Bréfritari: Jakobína Jónsdóttir
Viðtakandi: Sólveig Jónsdóttir
Dagsetning: A-1875-03-22
Skrifað á: Bessastöðum  Gull.
systir bréfviðtakanda

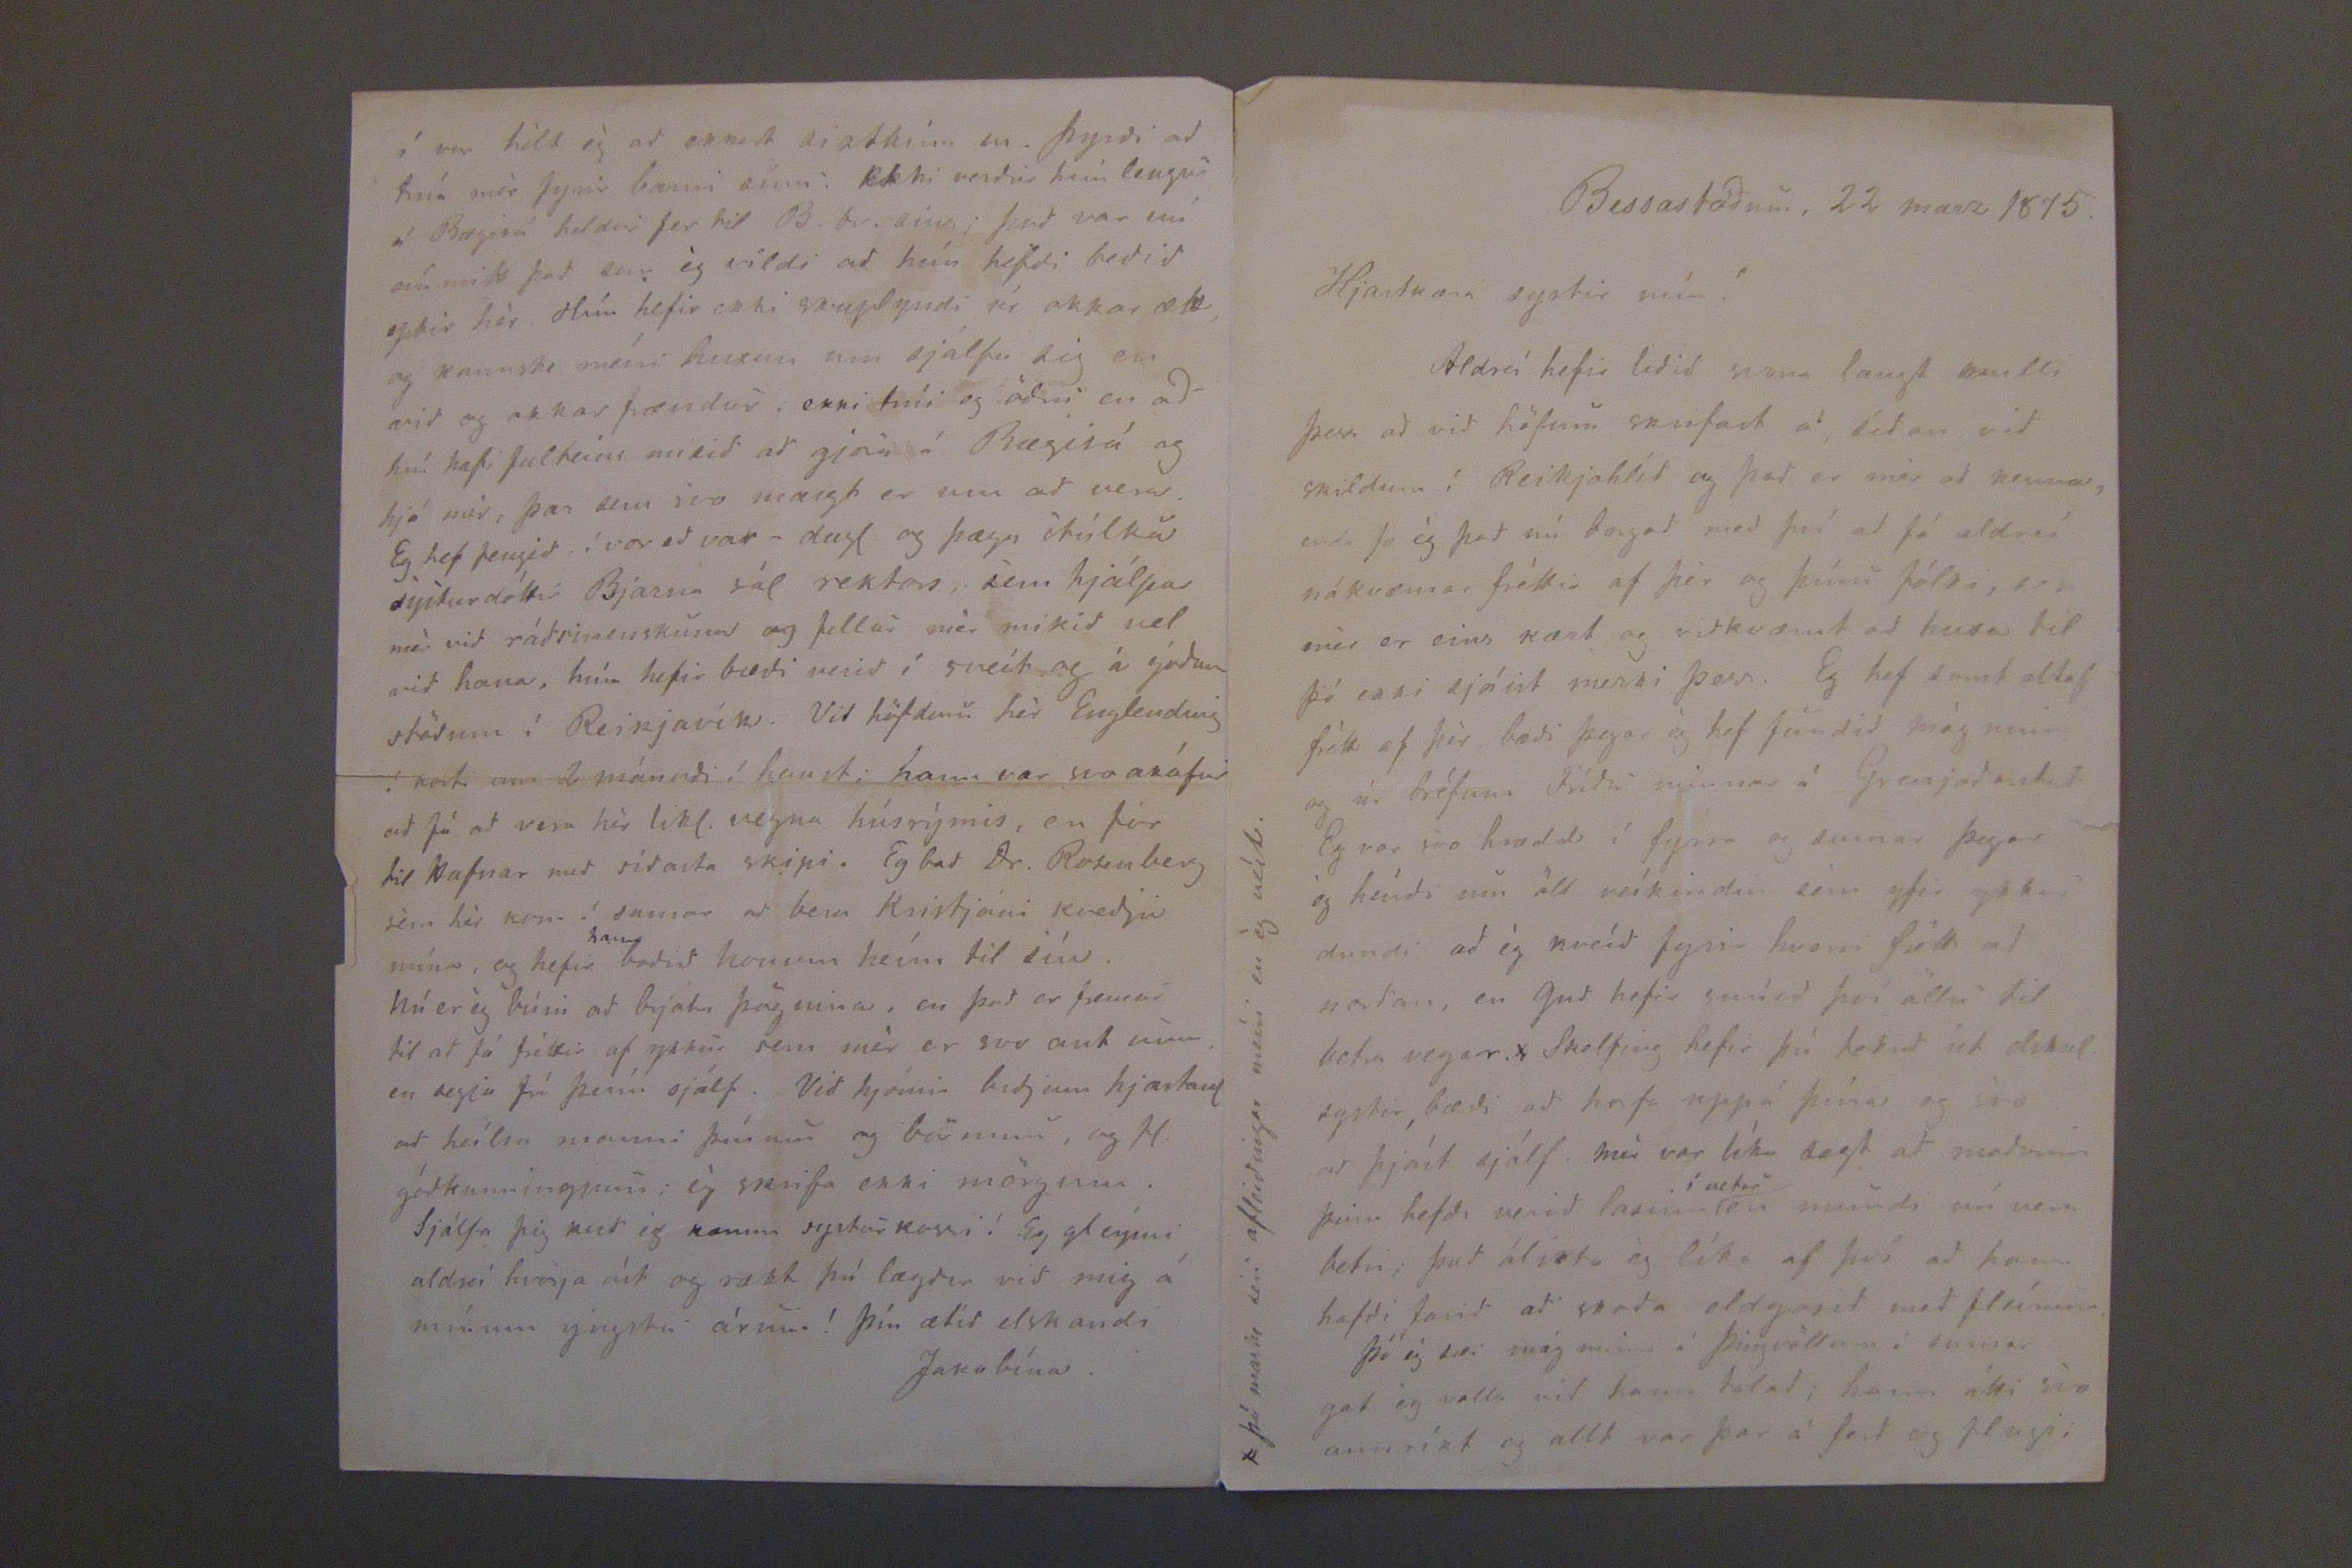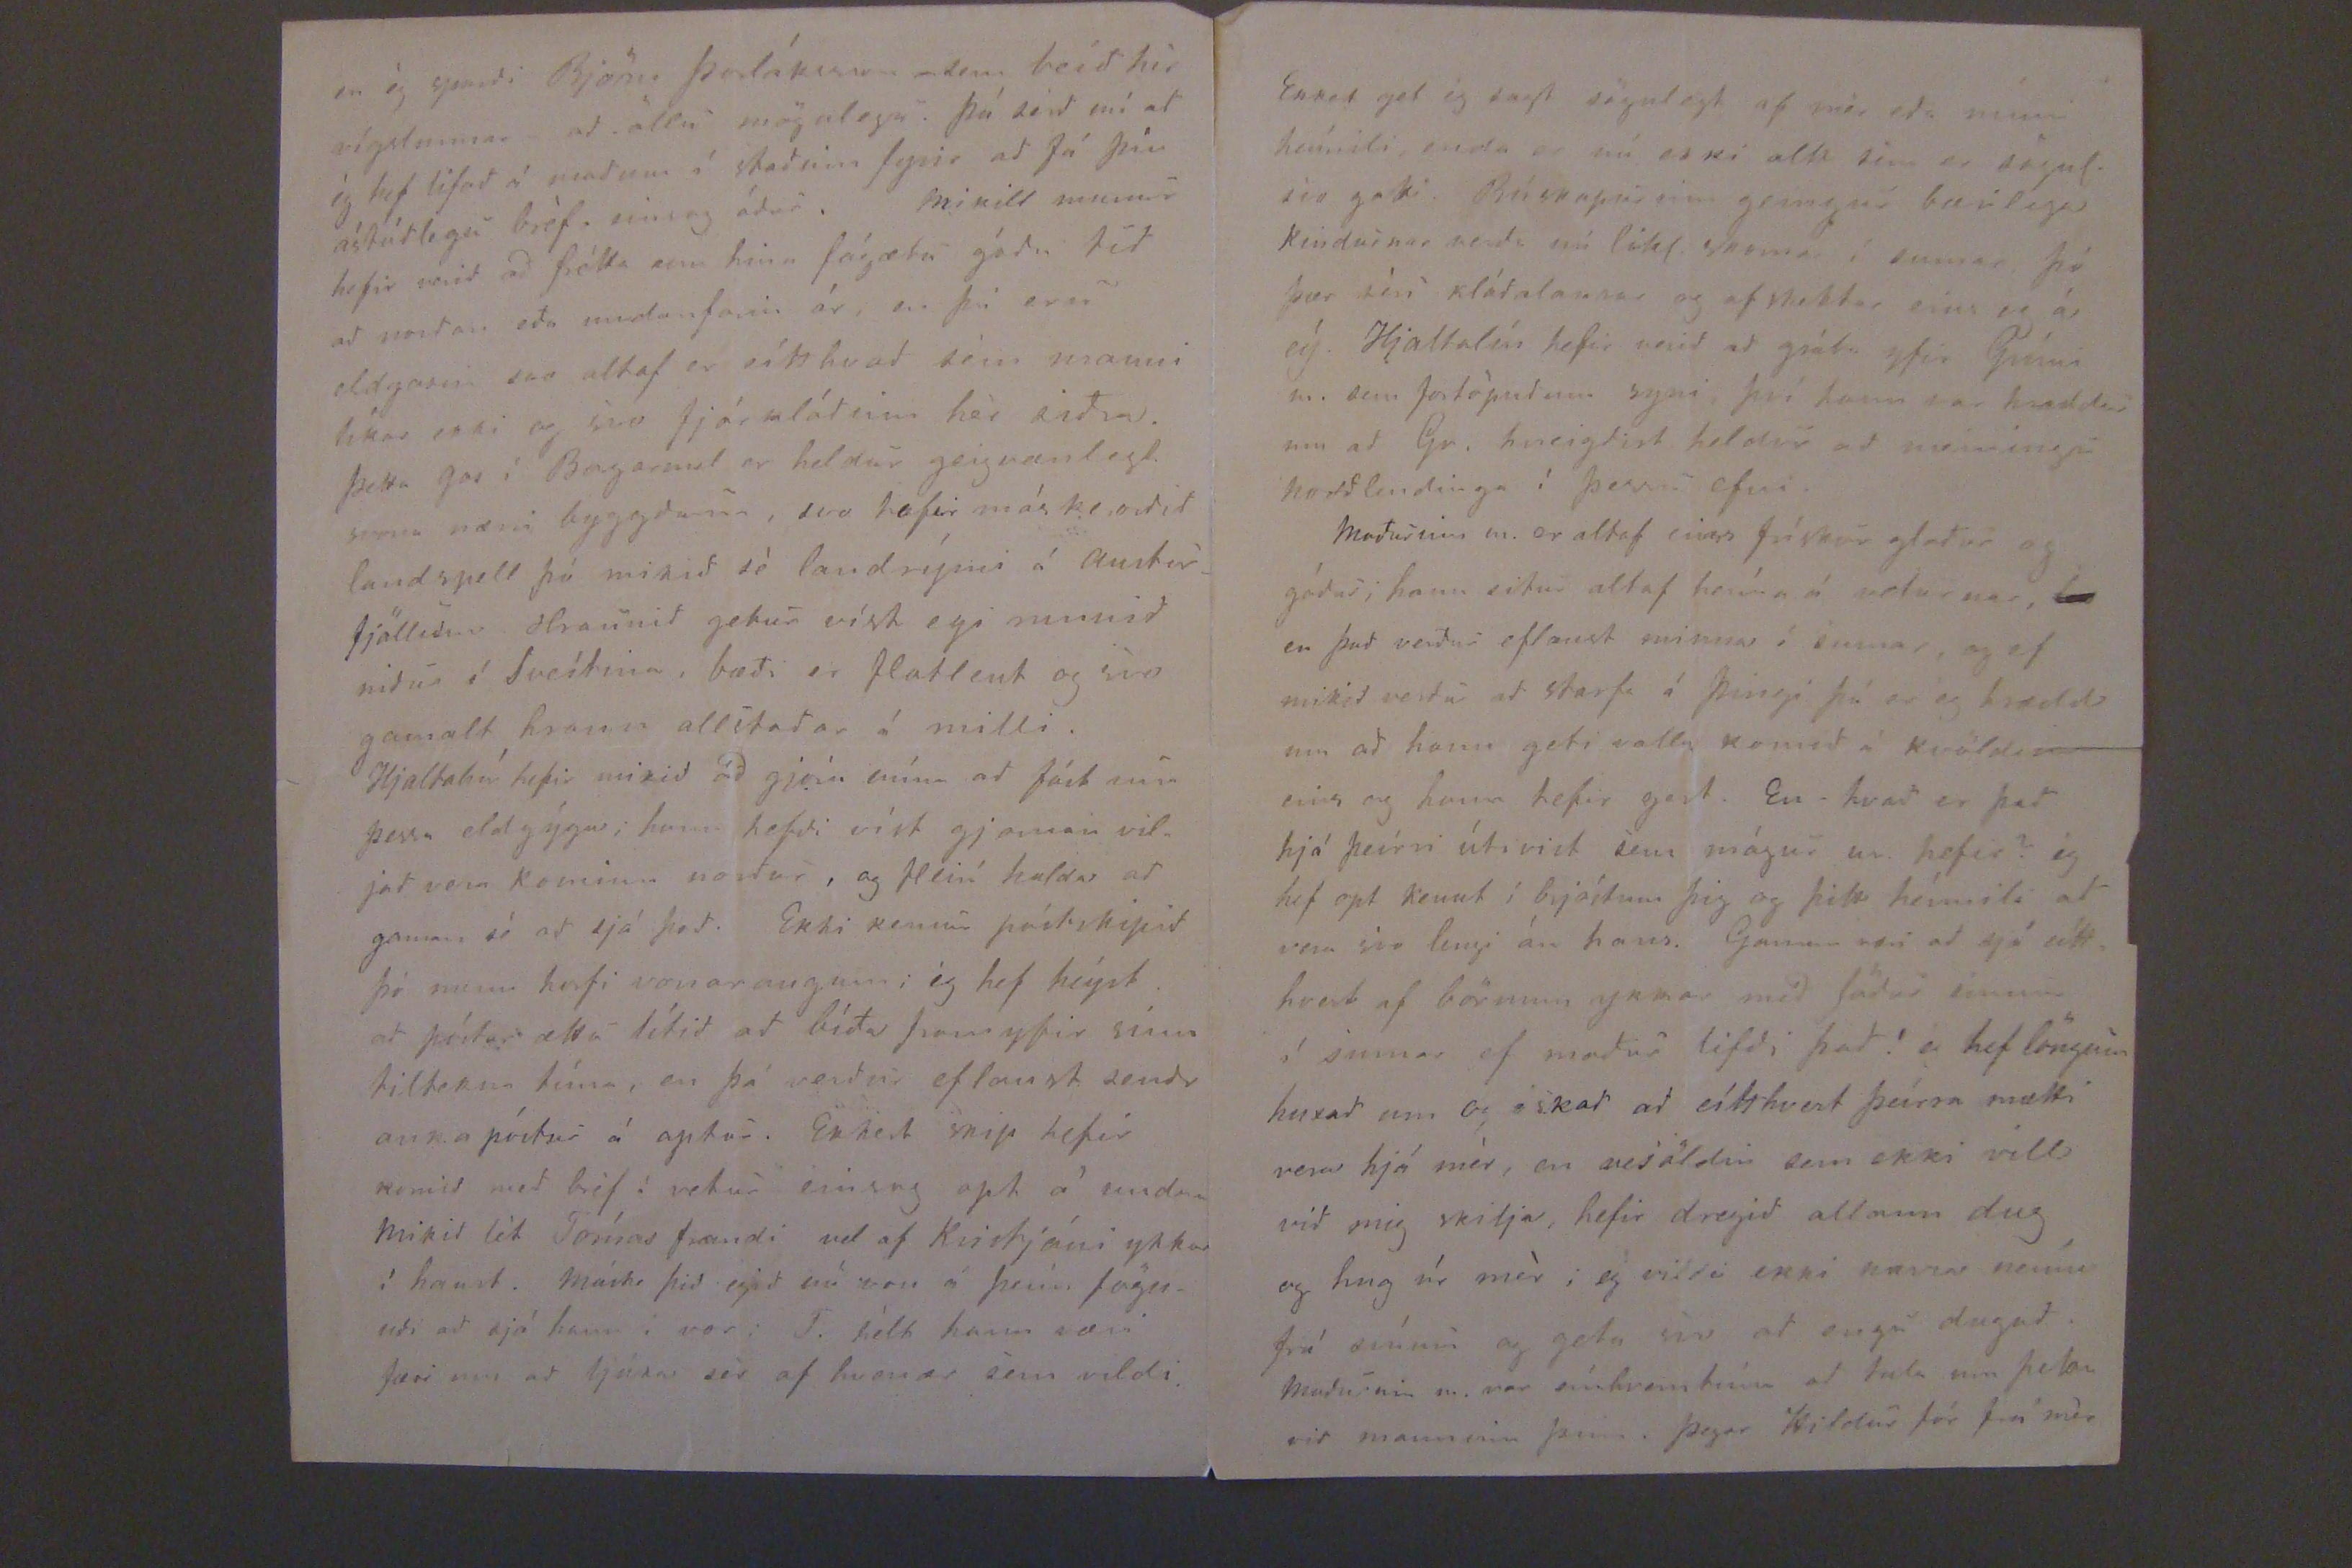

Bessastödum, 22 marz 1875.
Hjartkæra systir mín!
Aldreí hefir lidid svona langt milli þess ad vid höfum skrifast á sídan vid skildum í Reikjahlíd og þad er mér ad kenna, enda fæ ég þad nú borgad med því ad fá aldrei nákvæmar fréttir af þér og þínu fólki, svo mér er eins kært og vidkvæmt ad huxa til þó ekki sjáist merki þess. Eg hef samt altaf frétt af þér bædi þegar ég hef fundid mág minn og úr bréfum Frídu minnar á Grenjadastad Eg var svo hrædd í fyrra og sumar þegar ég heírdi um öll veíkindin sem yfir ykkur dundi ad ég kveíd fyrir hverri frétt ad nordan, en Gud hefir snúid því öllu til betra vegar. x Skelfing hefir þú tekid út elskul. systir, bædi ad hafa uppá þína og svo ad þjást sjálf. Mér var líka sagt ad madurinn þinn hefdi verid lasinn
í vetur
en mundi nú vera betri; þad álikta ég líka af því ad hann hafdi farid ad skoda eldgosid med fleírum.
Þó ég sa mág minn á Þingvöllum í sumar gat ég valla vid hann talad; hann átti svo annríkt og allt var þar á ferd og flugi
x þó maske seu afleidingar meíri en ég veít.
en ég spurdi Björn Þorláksson sem beíd hér vígslunnar ad öllu mögulegu. Þú serd nú ad ég hef lifad á madum í stadinn fyrir ad fá þín ástúdlegu bréf einsog ádur. Mikill munur hefir verid ad frétta um hina fágætu gódu tíd ad nordan eda undanfarin ár, en þó eru eldgosin svo altaf er eítthvad sem manni líkar ekki og svo fjárkládinn hér sidra. Þetta gos í
Bagarnest
er heldur geigvanlegt sumir nærri byggdunum, svo hefir máske ordid landspill þó mikid sé landrými á Austurfjöllunum Hraunid getur víst egi numid nidur í Sveítina, bædi er flatlent og svo gamalt hraun allstadar á milli.
Hjaltabú hefir mikid ad gjöra núna ad fást um þessa eldgýga; hinn hefdi víst gjarnan viljad vera kominn nordur, og fleirí halda ad gaman sé ad sjá þad. Ekki kemur póstskipid þó menn horfi vonaraugum; ég hef heýrt ad póstur ætti lítid ad bída framyfir sínu tiltekna tíma, en þá verdur eflaust sendr anna póstur á aptur. Ekkert skip hefir komid med bréf í vetur einsog opt á undan Mikid lét Tómas frændi vel af Kristjáni ykkar í haust. Máske þid egid nú von á þeim fögnudi ad sjá hann i vor. T. hélt hann væri færi um ad ljúka sér af hvernær sem vildi.
í vor hélt ég ad ekkert siztkina m. þyrdi ad trúa mér fyrir barni sínu. Ekki verdur hún lengur á Bægisá heldur fer til B. br. eins; þad var nú eínmitt þad sem ég vildi ad hún hefdi bedid eptir hér. Hún hefir ekki skaplyndi úr okkar ætt, og kannske meíri huxun um sjálfa sig en vid og okkar frændur. ekki trúi eg ödru en ad hún hafi fulteins mikid ad gjöra á Bægisá og hjá mér, þar sem svo margt er um ad vera. Eg hef fengid í vor ed var- dugl og þæga stúlku systurdóttir Bjarna sál rektors, sem hjálpar mér vid rádsmenskuna og fellur mér mikid vel vid hana, hún hefir bædi verid í sveít og á gódum stödum í Reikjavík. Vid höfdum hér Englending í koti um 2 mánudi í haust; hann var svo ákafur ad fá ad vera hér likl. vegna húsrýmis, en fór til Hafnar med sídasta skipi. Eg bad Dr. Rosenberg sem hér kom í sumar ad bera Kristjáni kvedju núna, og hefir
hann
bodid honum heím til sín.
Nú er ég búin ad brjóta þögnina, en þad er fremur til ad fá fréttir af ykkur sem mér er svo ant um en segja frá þeím sjálf. Vid hjónin bidjum hjartanl ad heílsa manni þínum og börnum, og fl. gódkunningjum; ég skrifa ekki mörgum. Sjálfa þig kved ég kærum systurkossi! Eg gleými aldrei hvörja ást og rækt þú lagdir vid mig á mínum ynstu árum! Þín ætíd elskandi
Jakóbína.
Ekkert get ég sagt sögulegt af mér eda mínu heímili, enda er nú ekki allt sem er sögul. svo geti. Búskapurinn gengur bærilega kindurnar verda nú likl, snema í sumar þó þær séu kládalausar og afskektar eins og á eý. Hjaltalín hefir verid ad gráta yfir Grími m. sem fortöpudum syni, því hann var hræddur um ad Gr. hneigdist heldur ad meiningu Nordlendinga í þessu efni.
Madurinn m. er altaf eins frískur gladur og gódur, hann situr altaf heíma á veturnar, en þad verdur eflaust minna í sumar, og ef mikid verdur ad starfa á Þingi þá er ég hrædd um ad hann geti valla komid á kvöldin eins og hann hefir gert. En hvad er þad hjá þeirri útivist sem mágur m. hefir? ég hef opt kennt í brjóstum þig og þitt heímili ad vera svo lengi án hans. Gaman væri ad sjá eítthvert af börnum ykkar med födur sinum í sumar ef madur lifdi þad! eg hef löngum huxad um og óskad ad eítthvert þeírra mætti vera hjá mér, en vesöldin sem ekki vill vid mig skilja, hefir dregid allann dug og hug úr mér; eg vildi ekki nærra nema frá seínni og geta sje ad engu dugad. Madurinn m, var eínhverntíma ad tala um þetta vid manninn þinn, þegar Hildur fór frá mér